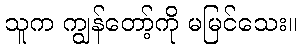
သူက ကျွန်တော့်ကို မမြင်သေး။